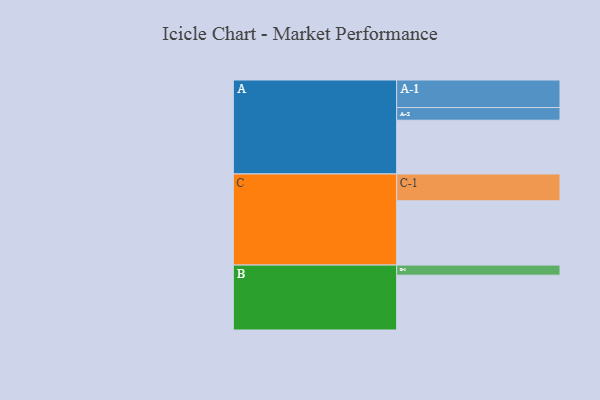
{"axis": {"x": "Segment", "y": "Value"}, "legend": ["", "A", "B", "C"], "data": [{"x": "A", "y": 357, "type": ""}, {"x": "B", "y": 364, "type": ""}, {"x": "C", "y": 427, "type": ""}, {"x": "A-1", "y": 183, "type": "A"}, {"x": "A-2", "y": 84, "type": "A"}, {"x": "B-1", "y": 67, "type": "B"}, {"x": "C-1", "y": 178, "type": "C"}]}